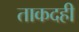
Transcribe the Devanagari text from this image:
ताकदही